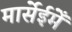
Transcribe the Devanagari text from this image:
मार्सेईमेँ